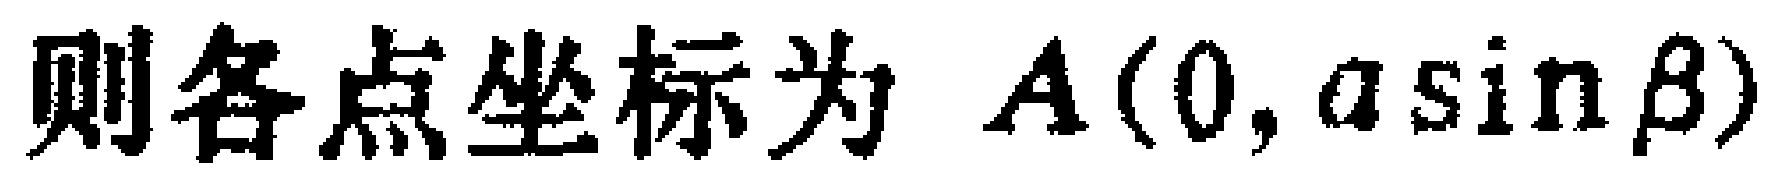
则各点坐标为 \(A(0,a\sin\beta)\)